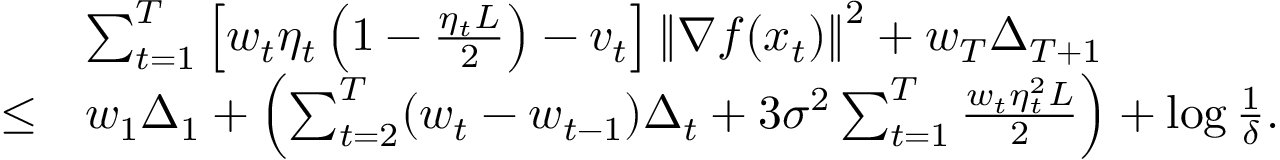
\begin{array} { r l } & { \sum _ { t = 1 } ^ { T } \left[ w _ { t } \eta _ { t } \left( 1 - \frac { \eta _ { t } L } { 2 } \right) - v _ { t } \right] \left\Vert \nabla f ( x _ { t } ) \right\Vert ^ { 2 } + w _ { T } \Delta _ { T + 1 } } \\ { \leq } & { w _ { 1 } \Delta _ { 1 } + \left( \sum _ { t = 2 } ^ { T } ( w _ { t } - w _ { t - 1 } ) \Delta _ { t } + 3 \sigma ^ { 2 } \sum _ { t = 1 } ^ { T } \frac { w _ { t } \eta _ { t } ^ { 2 } L } { 2 } \right) + \log \frac { 1 } { \delta } . } \end{array}